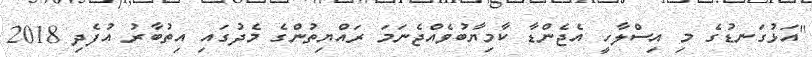
"އަޅުގަނޑުގެ މި އިސްލާހީ އެޖެންޑާ ކާމިޔާބުވެއްޖެނަމަ ރައްޔިތުންގެ މެދުގައި އިތުބާރު އުފެދި 2018